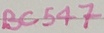
Text: BC547